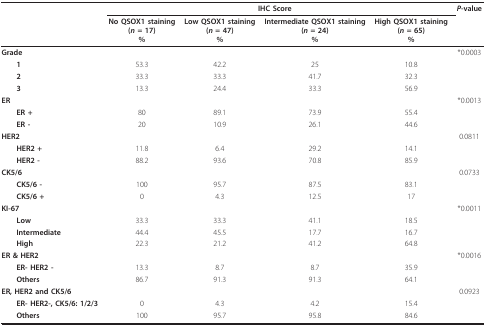
|  |  | <COLSPAN=2> IHC Score |  | P-value |
 |  | No QSOX1 staining(n = 17)% | Low QSOX1 staining(n = 47)% | Intermediate QSOX1 staining(n = 24)% | High QSOX1 staining(n = 65)% |  |
 | --- | --- | --- | --- | --- | --- |
 | Grade |  |  |  |  | *0.0003 |
 | 1 | 53.3 | 42.2 | 25 | 10.8 |  |
 | 2 | 33.3 | 33.3 | 41.7 | 32.3 |  |
 | 3 | 13.3 | 24.4 | 33.3 | 56.9 |  |
 | ER |  |  |  |  | *0.0013 |
 | ER + | 80 | 89.1 | 73.9 | 55.4 |  |
 | ER - | 20 | 10.9 | 26.1 | 44.6 |  |
 | HER2 |  |  |  |  | 0.0811 |
 | HER2 + | 11.8 | 6.4 | 29.2 | 14.1 |  |
 | HER2 - | 88.2 | 93.6 | 70.8 | 85.9 |  |
 | CK5/6 |  |  |  |  | 0.0733 |
 | CK5/6 - | 100 | 95.7 | 87.5 | 83.1 |  |
 | CK5/6 + | 0 | 4.3 | 12.5 | 17 |  |
 | KI-67 |  |  |  |  | *0.0011 |
 | Low | 33.3 | 33.3 | 41.1 | 18.5 |  |
 | Intermediate | 44.4 | 45.5 | 17.7 | 16.7 |  |
 | High | 22.3 | 21.2 | 41.2 | 64.8 |  |
 | ER & HER2 |  |  |  |  | *0.0016 |
 | ER- HER2 - | 13.3 | 8.7 | 8.7 | 35.9 |  |
 | Others | 86.7 | 91.3 | 91.3 | 64.1 |  |
 | ER, HER2 and CK5/6 |  |  |  |  | 0.0923 |
 | ER- HER2-, CK5/6: 1/2/3 | 0 | 4.3 | 4.2 | 15.4 |  |
 | Others | 100 | 95.7 | 95.8 | 84.6 |  |